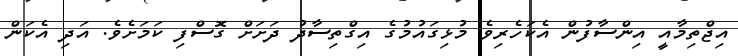
އިޖްތިމާއީ އިންސާފުން އެކަހެރިވެ މުޅިގައުމުގެ އިގްތިސާދު ދަށަށް ގޮސްފި ކަމަށެވެ. އަދި އެކަން